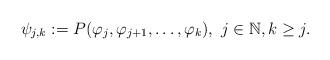
LaTeX: \begin{align*}\psi_{j,k}:=P(\varphi_j, \varphi_{j+1}, \dots,\varphi_{k}), \ j\in \mathbb{N}, k\geq j. \end{align*}